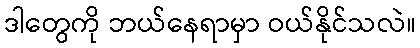
ဒါတွေကို ဘယ်နေရာမှာ ဝယ်နိုင်သလဲ။